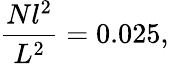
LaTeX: \frac{Nl^{2}}{L^{2}}=0.025,